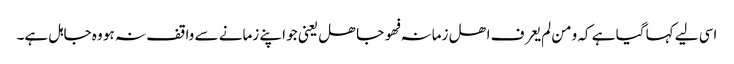
اسی لیے کہا گیا ہے کہ ومن لم یعرف اھل زمانہ فھو جاھل یعنی جو اپنے زمانے سے واقف نہ ہو وہ جاہل ہے۔